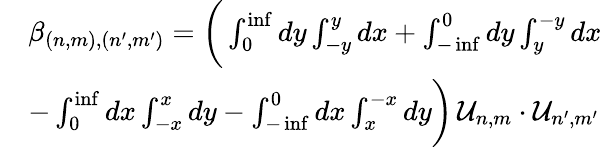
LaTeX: \begin{array}{rl}&{\beta_{(n,m),(n^{\prime},m^{\prime})}=\bigg(\int_{0}^{\operatorname*{inf}}dy\int_{-y}^{y}dx+\int_{-\operatorname*{inf}}^{0}dy\int_{y}^{-y}dx}\\ &{-\int_{0}^{\operatorname*{inf}}dx\int_{-x}^{x}dy-\int_{-\operatorname*{inf}}^{0}dx\int_{x}^{-x}dy\bigg)\, \mathcal{U}_{n,m}\cdot\mathcal{U}_{n^{\prime},m^{\prime}}}\end{array}